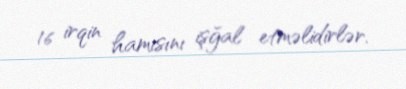
16 irqin hamısını işğal etməlidirlər.